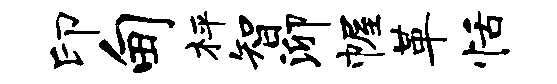
印甸枰智泖幄革恬